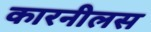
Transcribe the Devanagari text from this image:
कारनीलस